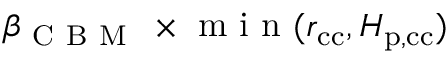
\beta _ { \mathrm { ~ C ~ B ~ M ~ } } \, \times \mathrm { ~ m ~ i ~ n ~ } ( r _ { \mathrm { c c } } , H _ { \mathrm { p , c c } } )